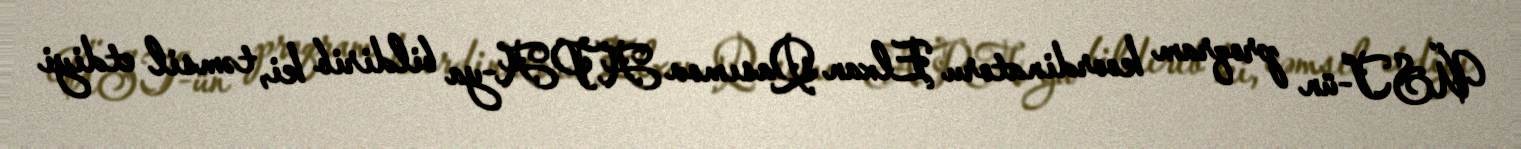
ÜST-ün proqram koordinatoru Elxan Qasımov APA-ya bildirib ki, təmsil etdiyi